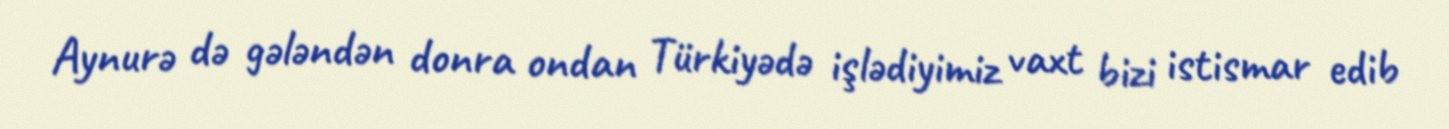
Aynurə də gələndən donra ondan Türkiyədə işlədiyimiz vaxt bizi istismar edib